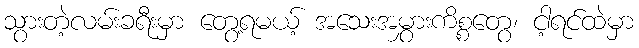
သွားတဲ့လမ်းခရီးမှာ တွေ့ရမယ့် အသေးအမွှားကိစ္စတွေ၊ ငါ့ရင်ထဲမှာ